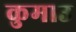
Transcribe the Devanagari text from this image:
कुमाउ